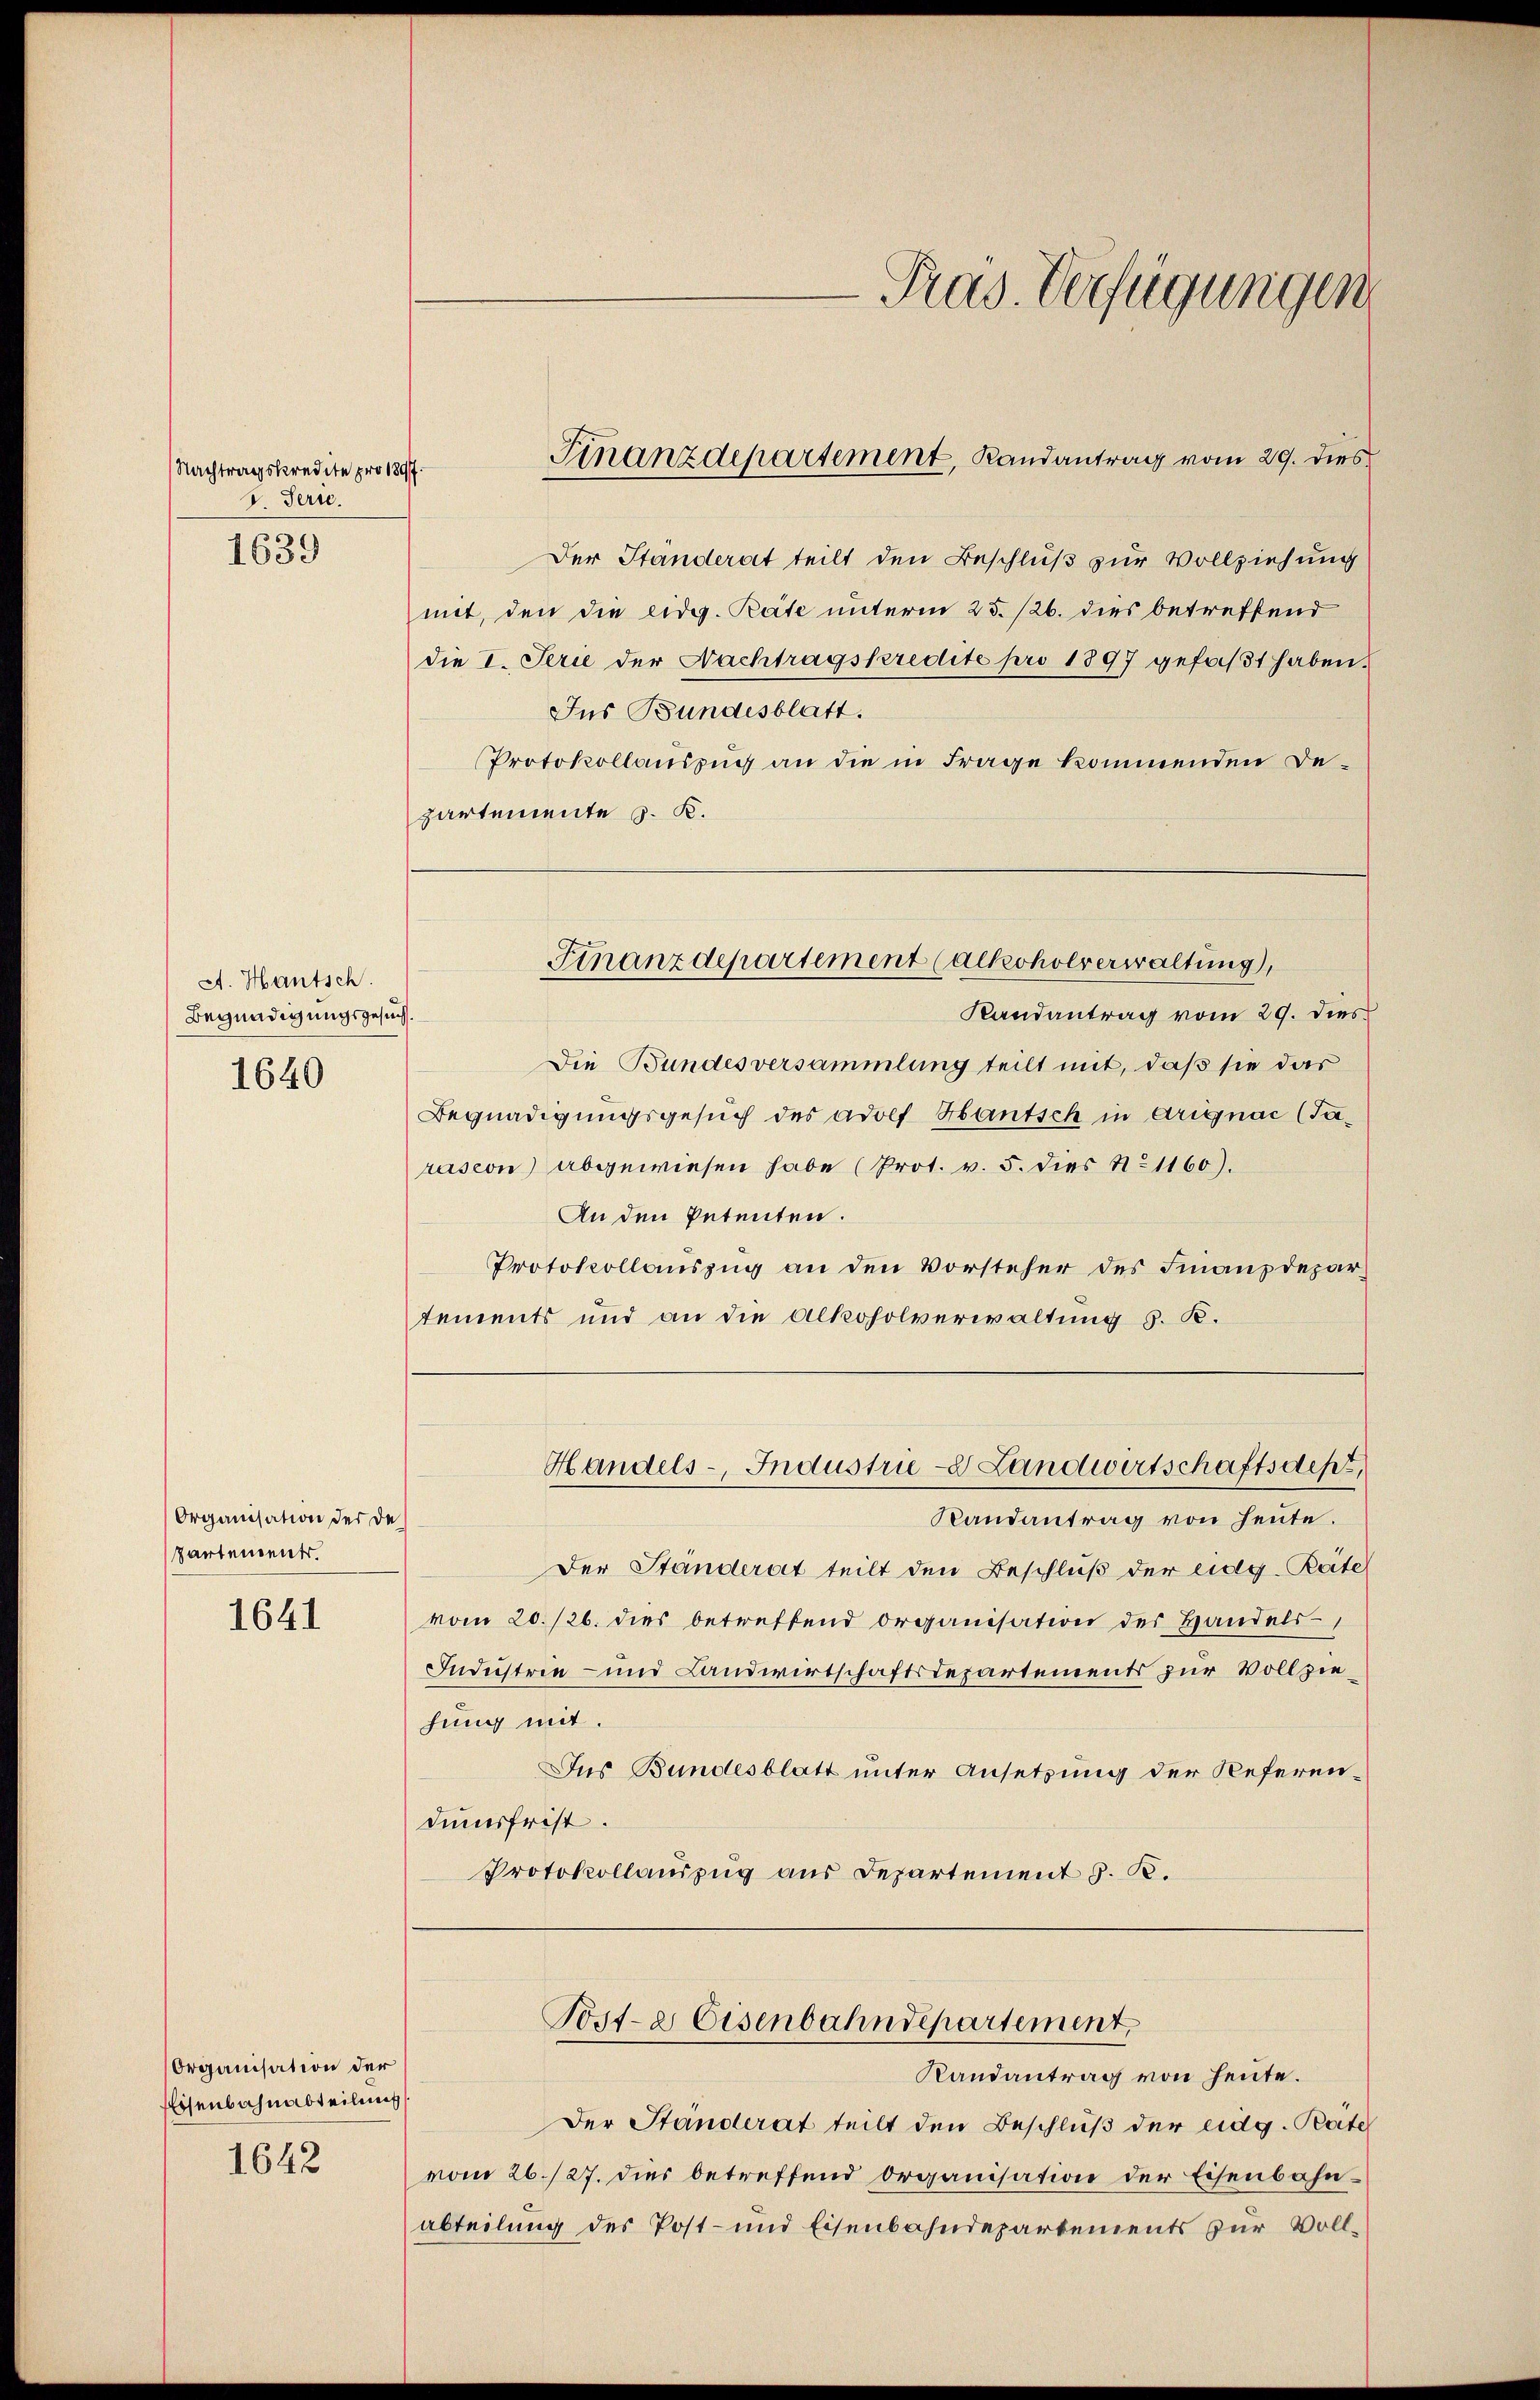
Nachtragskredite pro 1897.
J. Ferie.
1639

A. Hautsch.
Begnadigungsgesuch.
1640

Organisation der de
Partement.

1641

Organisation der
Eisenbahnabteilung
1642

Jus Bundesblatt.
partemente S. K.

Pras. Verfügungen

Finanzdepartement, Randantrag vom 29. dies

Der Ständerat teilt den Beschluß zur Vollziehung
mit, den die eidg. Rate unterm 25. 126. dies betreffend
die I. Serie der Nachtragskredite pro 1897 gefaβt haben.
Protokollauszug an die in Frage kommenden De¬

Randantrag vom 29. dies
Die Bundesversammlung teilt mit, daß sie das
Begnadigungsgesuch des Adolf Hantsch in Arignac (Jarasion) abgewiesen habe (Prot. v. 5. dies No 1160).
An den Petenten.
Protokollauszug an den Vorsteher des Finanzdepartements und an die Alkoholverwaltung d. R.
Handels- Industrie- Landwirtschaftsdept,
Randantrag von heute.
Der Ständerat teilt den Beschluß der eidg-Rate
vom 20./26. dies betreffend organisation der Handels-
Industrie - und Landwirtschaftsdepartements zur Vollziehung mit.
Ins Bundesblatt unter Ansetzung der Referen-
dumsfrist.
Protokollauszug aus Departement J. K.

Finanzdepartement Calkoholverwaltung,

Post- & Eisenbahndepartement,
Randantrag von heute.

Der Ständerat teilt den Beschluß der eidg. Pete
vom 26./27. dies betreffend Organisation der Eisenbahnabteilung des Post- und Eisenbahndepartements zur Voll¬